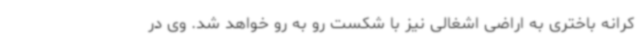
کرانه باختری به اراضی اشغالی نیز با شکست رو به رو خواهد شد. وی در